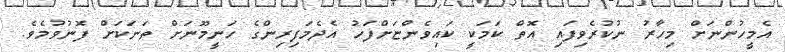
އެމީހުންނަށް މިހާރު ނުކުރެވިފައި އޮތް ކަމަކީ ކައިވެންޏަށްފަހު އެދެމަފިރިންގެ ހަނީމޫނަށް ތަނަކަށް ފޮނުވުމެވެ.